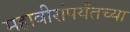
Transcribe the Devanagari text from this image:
महावीरांपर्यंतच्या